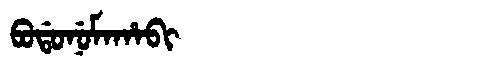
Manchu: ᠪᠣᡩᠣᠨᡠᠮᠠᡥᠠᠪᡳ
Romanization: BODONUMAHABI